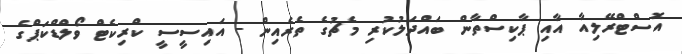
އޮސްޓްރޭލިއާ އާއި ޕާކިސްތާން ބައްދަލުކުރި މެޗުގެ ތެރެއިން - އައިސީސީ ކްރިކެޓް ވޯލްޑްކަޕްގެ